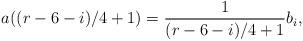
LaTeX: \begin{align*}a((r-6-i)/4+1)=\frac 1{(r-6-i)/4+1}b_i,\end{align*}